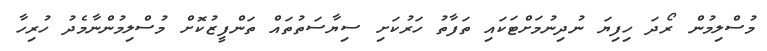
މުސްލިމުން ރޯދަ ހިފިޔަ ނުދިނުމަށްޓަކައި ތަފާތު ހަރުކަށި ސިޔާސަތުތައް ތަންފީޒުކޮށް މުސްލިމުންނާމެދު ހުރިހާ